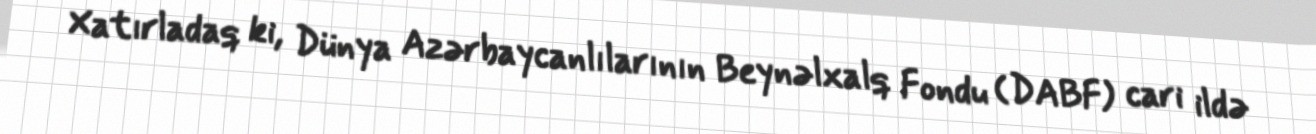
Xatırladaq ki, Dünya Azərbaycanlılarının Beynəlxalq Fondu (DABF) cari ildə